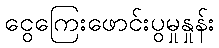
ငွေကြေးဖောင်းပွမှုနှုန်း